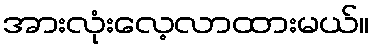
အားလုံးလေ့လာထားမယ်။